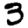
Digit: 3